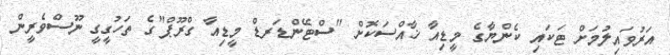
އަރުވައިލުމަށް ޓަކައި ކެންޔާގެ މީޑިއާ ޚާއްސަކޮށް "ސްޓޭންޑަރޑް މީޑިއާ ގްރޫޕް"ގެ ތަހުގީގީ ނޫސްވެރީން